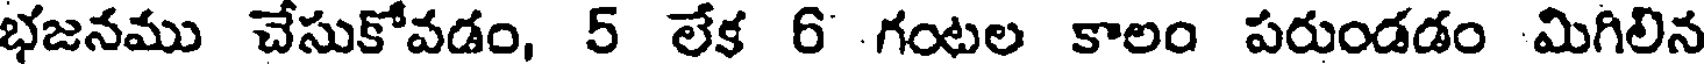
భజనము చేసుకోవడం, 5 లేక 6 గంటల కాలం పరుండడం మిగిలిన